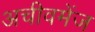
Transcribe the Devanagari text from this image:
अचीवमेंज